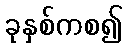
ခုနှစ်ကစ၍